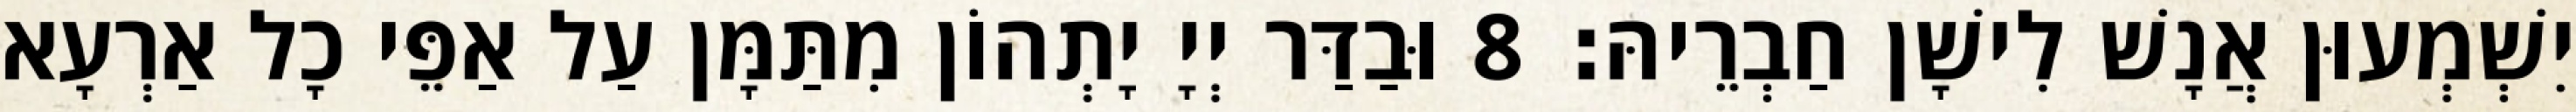
יִשְׁמְעוּן אֲנָשׁ לִישָׁן חַבְרֵיהּ׃ 8 וּבַדַּר יְיָ יָתְהוֹן מִתַּמָּן עַל אַפֵּי כָל אַרְעָא